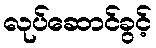
လုပ်ဆောင်ခွင့်